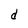
Character: d